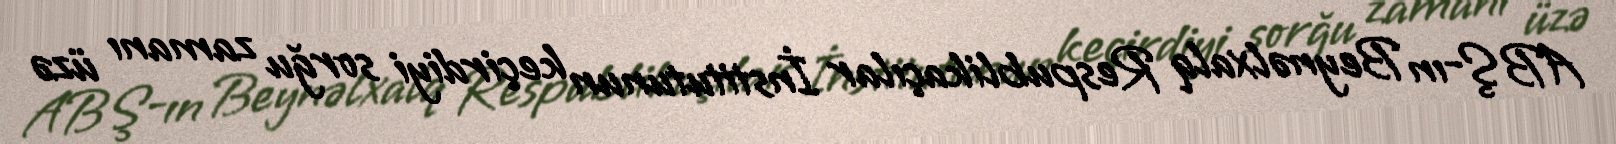
ABŞ-ın Beynəlxalq Respublikaçılar İnstitutunun keçirdiyi sorğu zamanı üzə